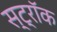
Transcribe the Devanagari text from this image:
स्ट्रॉक